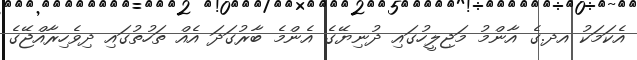
އެކަމަކު އދ.ގެ އާންމު މަޖިލީހުގައި ދުނިޔޭގެ އެންމެ ބާރުގަދަ އެއް ތަހުތުގައި ދިވެހިރާއްޖޭގެ